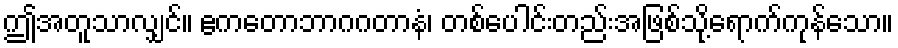
ဤအတူသာလျှင်။ ဧကတောဘာဂဂတာနံ၊ တစ်ပေါင်းတည်းအဖြစ်သို့ရောက်ကုန်သော။